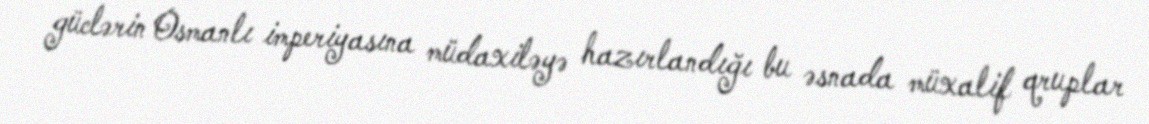
güclərin Osmanlı imperiyasına müdaxiləyə hazırlandığı bu əsnada müxalif qruplar